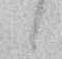
候